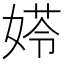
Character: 𡟀